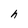
Character: h